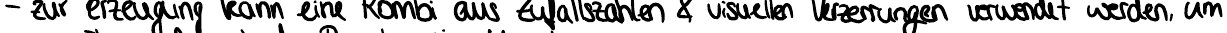
- Zur erzeugung kann eine Kombi aus Zufallszahlen & visuellen Verzerrungen verwendet werden, um